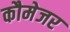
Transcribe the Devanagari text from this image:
कौमेजर